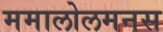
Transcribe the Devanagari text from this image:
ममालोलमनस